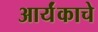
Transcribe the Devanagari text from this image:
आर्यंकाचे